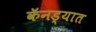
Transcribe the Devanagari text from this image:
कॅनड्यात